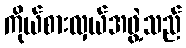
ကိုယ်စားလှယ်အဖွဲ့သည်